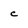
Character: c